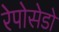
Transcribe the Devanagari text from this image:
रेपोसेडो